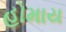
હોમાય